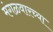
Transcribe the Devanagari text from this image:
मंगळवारच्या